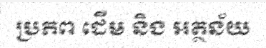
ប្រភព ដើម និង អត្ថន័យ